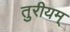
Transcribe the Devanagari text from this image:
तुरीयम्